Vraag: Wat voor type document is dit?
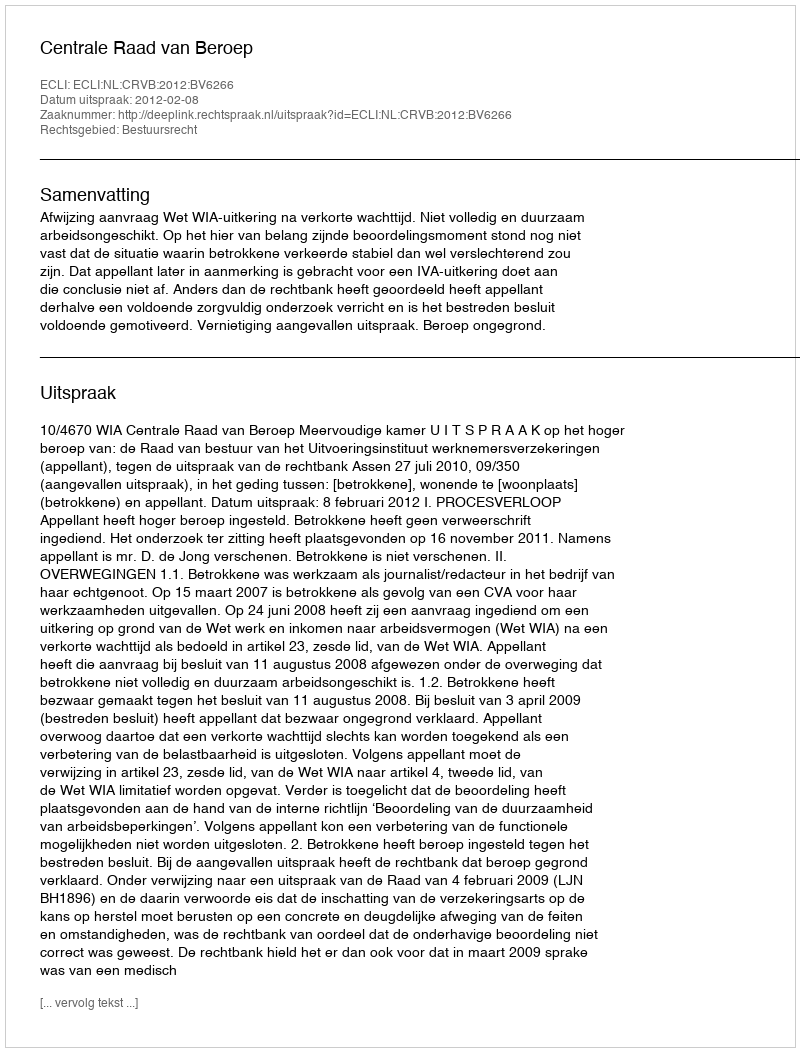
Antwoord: Uitspraak